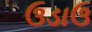
ઉડાઉ